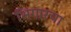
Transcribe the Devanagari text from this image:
भिंगारचा